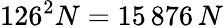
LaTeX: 126^{2}N=15\, 876\, N